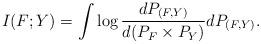
LaTeX: \begin{align*}I(F; Y) & = \int\log\frac{dP_{(F,Y)}}{d(P_F \times P_Y)}dP_{(F,Y)}.\end{align*}